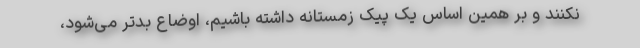
نکنند و بر همین اساس یک پیک زمستانه داشته باشیم، اوضاع بدتر می‌شود،